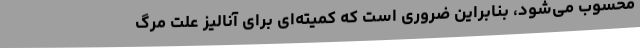
محسوب می‌شود، بنابراین ضروری است که کمیته‌ای برای آنالیز علت مرگ